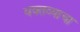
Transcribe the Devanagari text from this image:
वक्तव्याचा